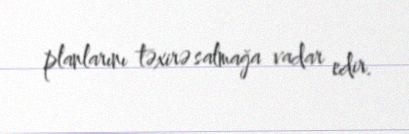
planlarını təxirə salmağa vadar edir.